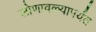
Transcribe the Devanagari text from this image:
लोणावळ्यापर्यंत